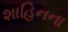
શાહિનના